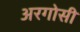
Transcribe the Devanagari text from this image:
अरगोसी